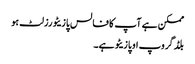
ممکن ہے آپ کا فالس پازیٹو رزلٹ ہو
بلڈ گروپ او پازیٹو ہے۔